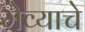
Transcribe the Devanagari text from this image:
मेव्याचे